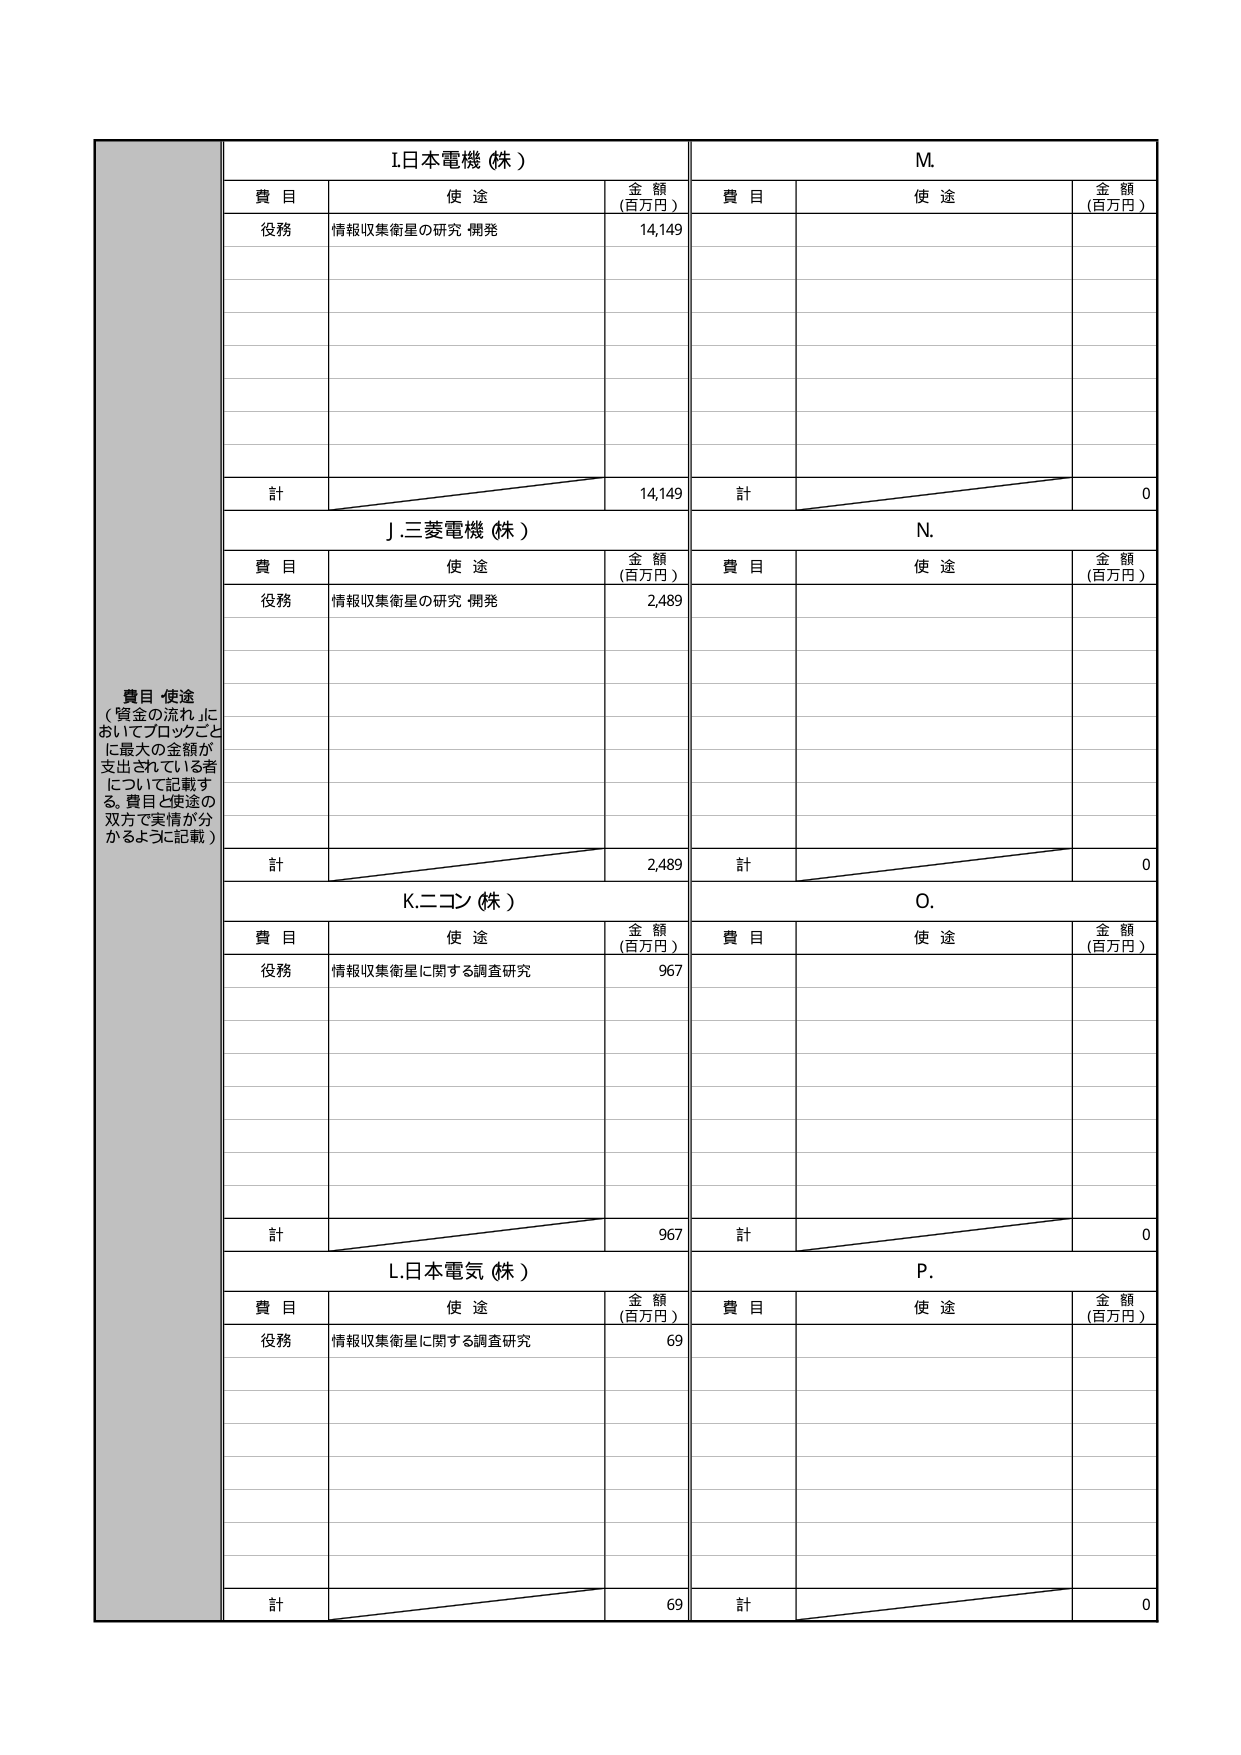
費目・使途
（「資金の流れ」に
おいてブロックごと
に最大の金額が
支出されている者
について記載す
る。費目と使途の
双方で実情が分
かるように記載）

I.日本電機（株）
費目　　使途　　金額（百万円）
役務　　情報収集衛星の研究・開発　　14,149
計　　14,149

J.三菱電機（株）
費目　　使途　　金額（百万円）
役務　　情報収集衛星の研究・開発　　2,489
計　　2,489

K.ニコン（株）
費目　　使途　　金額（百万円）
役務　　情報収集衛星に関する調査研究　　967
計　　967

L.日本電気（株）
費目　　使途　　金額（百万円）
役務　　情報収集衛星に関する調査研究　　69
計　　69

M.
費目　　使途　　金額（百万円）
計　　0

N.
費目　　使途　　金額（百万円）
計　　0

O.
費目　　使途　　金額（百万円）
計　　0

P.
費目　　使途　　金額（百万円）
計　　0